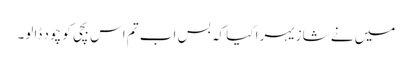
میں نے شازیہرا کیا کہ بس اب تم اس بچی کو چود ڈالو۔